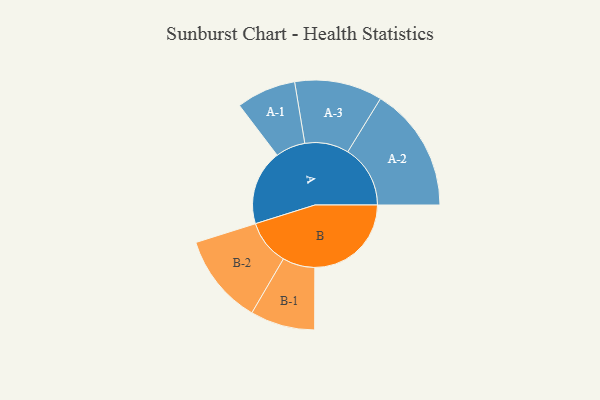
{"axis": {"x": "Segment", "y": "Value"}, "legend": ["", "A", "B"], "data": [{"x": "A", "y": 356, "type": ""}, {"x": "B", "y": 457, "type": ""}, {"x": "A-1", "y": 141, "type": "A"}, {"x": "A-2", "y": 296, "type": "A"}, {"x": "A-3", "y": 208, "type": "A"}, {"x": "B-1", "y": 153, "type": "B"}, {"x": "B-2", "y": 214, "type": "B"}]}